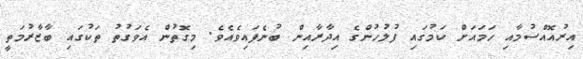
އިރުއޮއްސުމާއި ހަމައަށް ކަމުގައި ފުލުހުންގެ އިދާރާއިން ބުނެފައިވެއެވެ. މިގޮތުން އެވަގުތު ތަކުގައި ބާޒާރުމަތީ